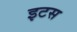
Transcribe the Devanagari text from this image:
इटस